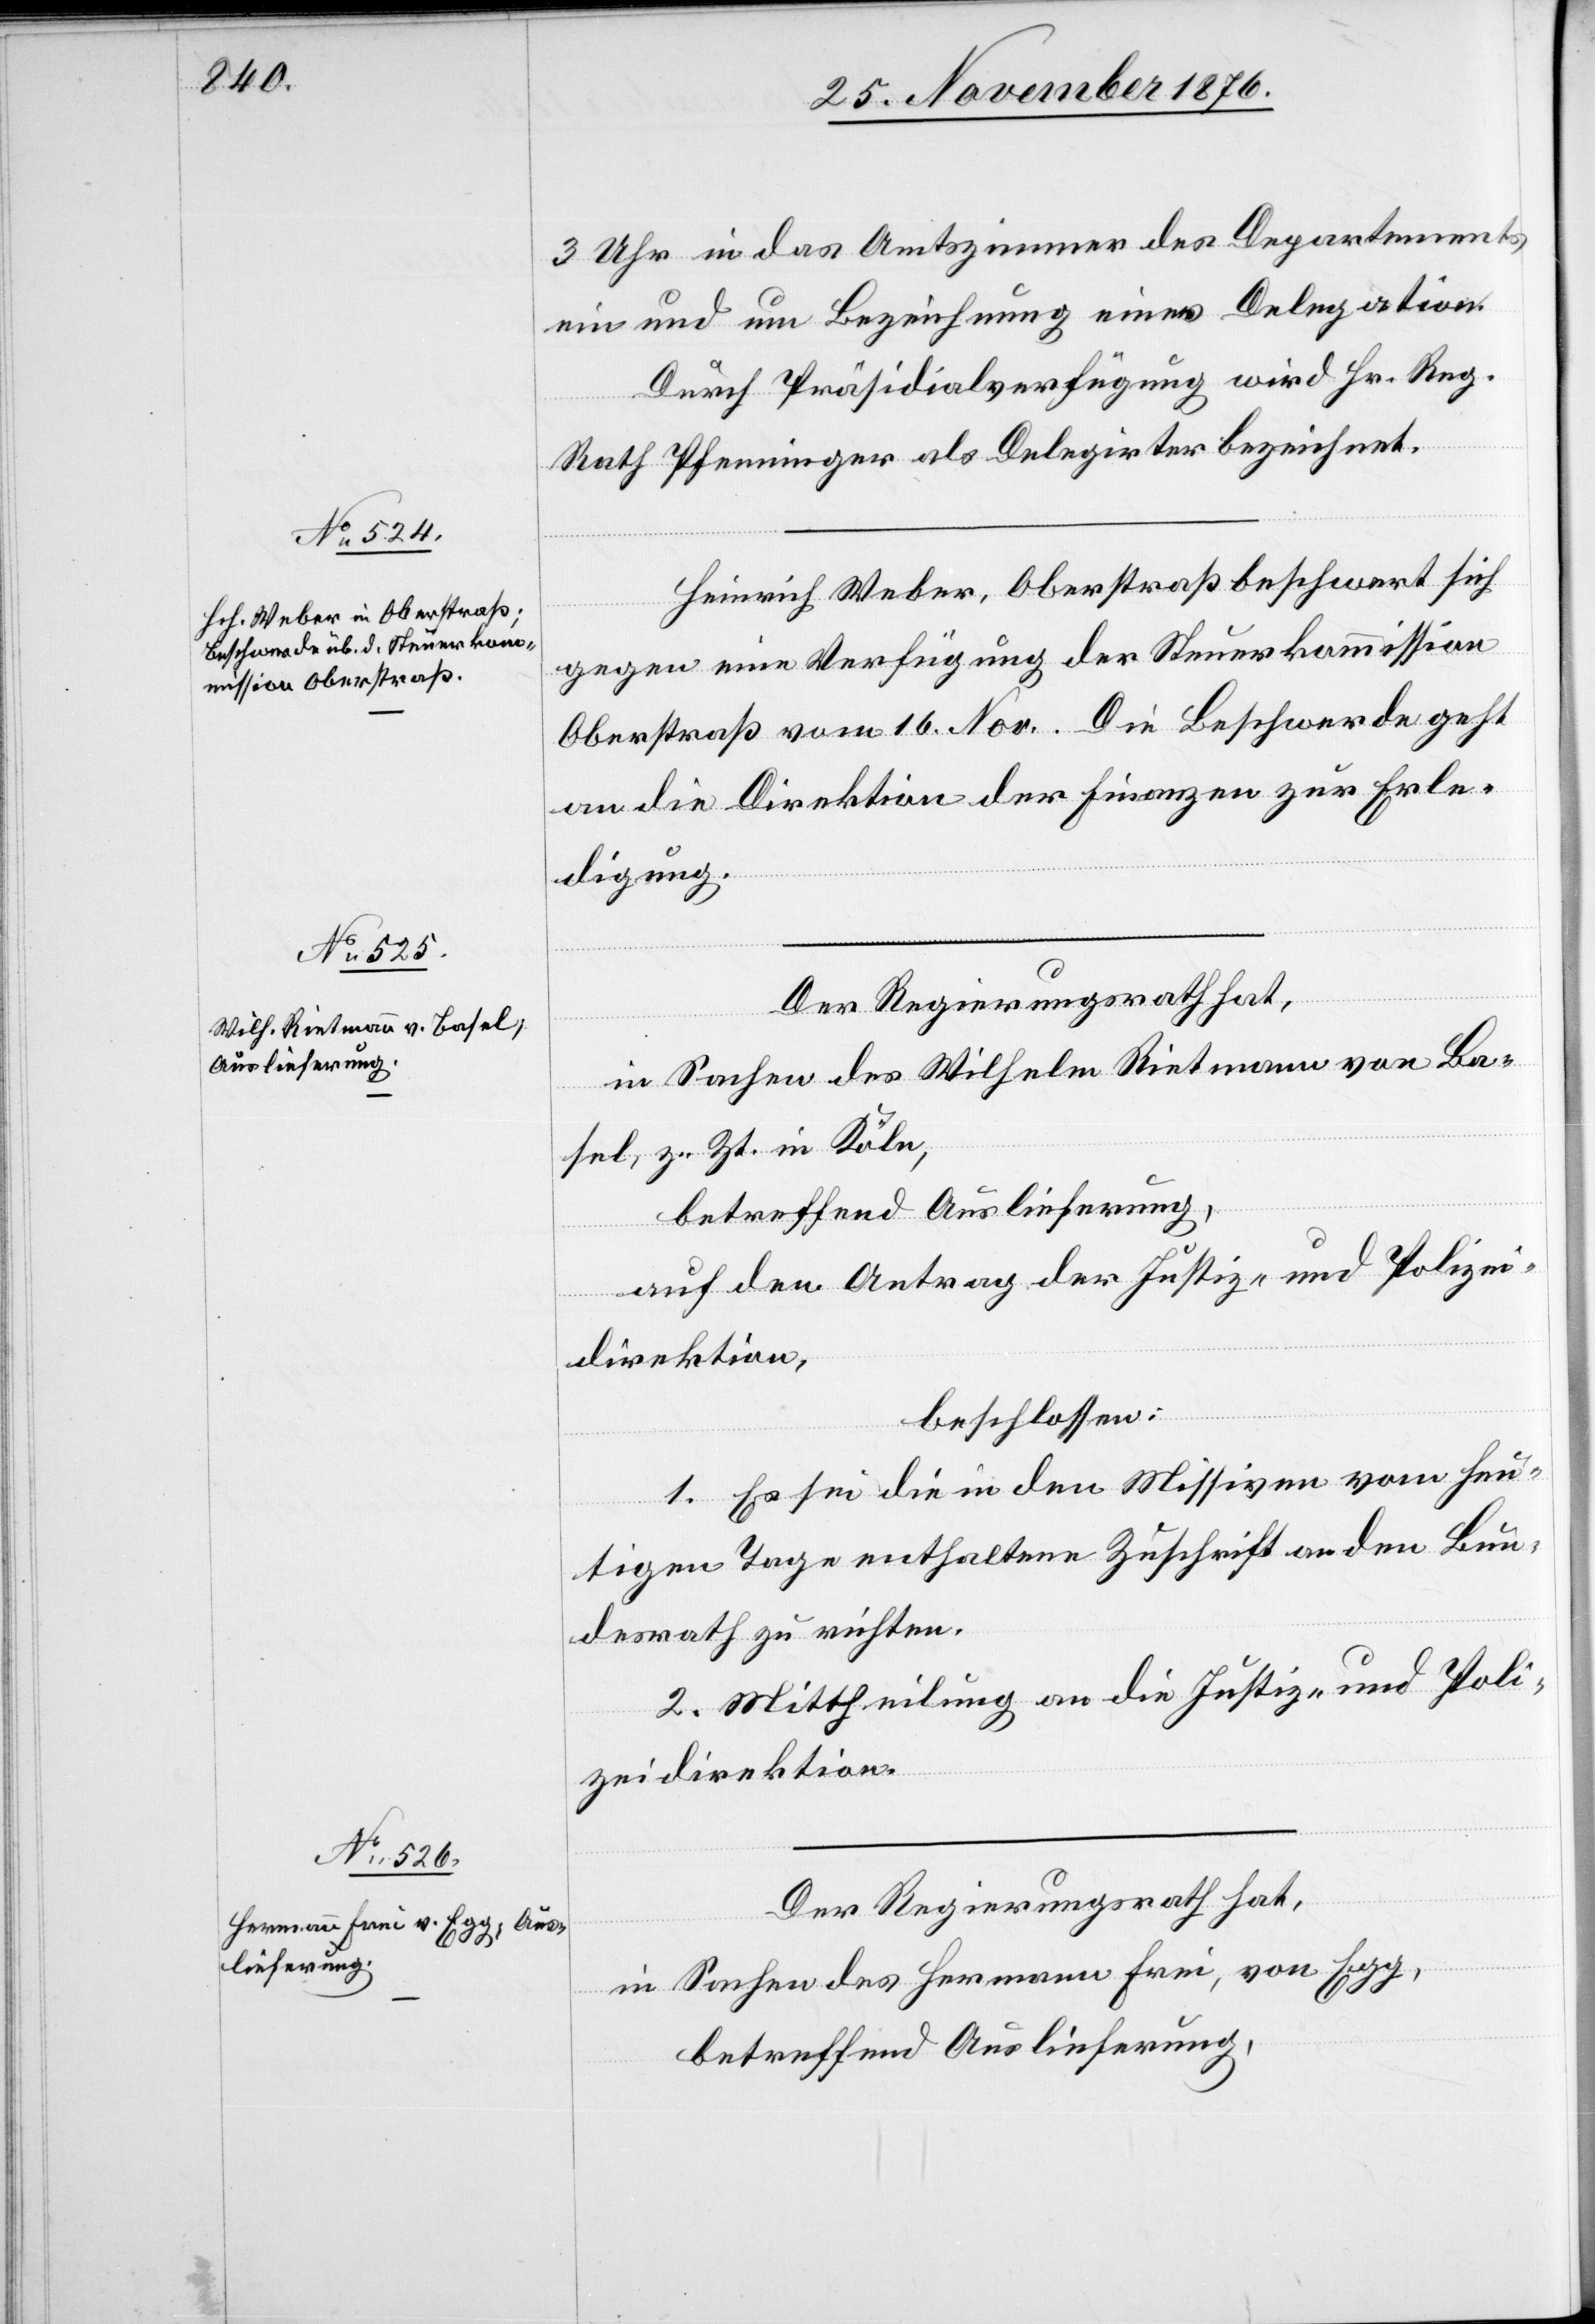
29. November 1876.]
3 Uhr in das Amtszimmer des Departements
ein und um Bezeichnung einer Delegation.
Durch Präsidialverfügung wird Hr. Reg.
Rath Pfenninger als Delegirter Bezeichnet.
Heinrich Weber, Oberstraß beschwert sich
gegen eine Verfügung der Steuerkommission
Oberstraß vom 16. Nov. Die Beschwerde geht
an die Direktion der Finanzen zur Erle¬
digung.
Der Regierungsrath hat,
in Sachen des Wilhelm Rietmann von Ba¬
sel, z. Zt. in Köln,
betreffend Auslieferung,
auf den Antrag der Justiz- und Polizei¬
direktion,
beschlossen:
1. Es sei die in den Missiven vom heu¬
tigen Tage enthaltene Zuschrift an den Bun¬
desrath zu richten.
2. Mittheilung an die Justiz- und Poli¬
zeidirektion.
Der Regierungsrath hat,
in Sachen des Hermann Frei, von Egg,
betreffend Auslieferung,